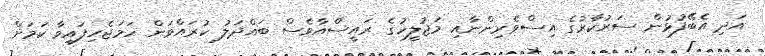
އަދި އެބޭފުޅުން ސަރުކާރުގެ އިސްވެރިންނާއި މަޖުލީހުގެ ރައީސްއާވެސް ބައްދަލު ކުރައްވަން ހަމަޖެހިފައިވާ ކަމަށް